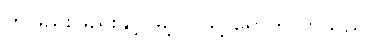
တဖြည်းဖြည်းနှင့် မြို့ပြင်သို့ ရောက်လာသည်။